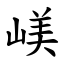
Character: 嵄